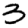
Digit: 3